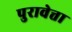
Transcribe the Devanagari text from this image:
पुरावेत्ता